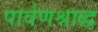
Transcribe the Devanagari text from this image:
पार्वणश्राद्ध